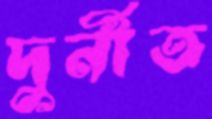
দুর্নীত